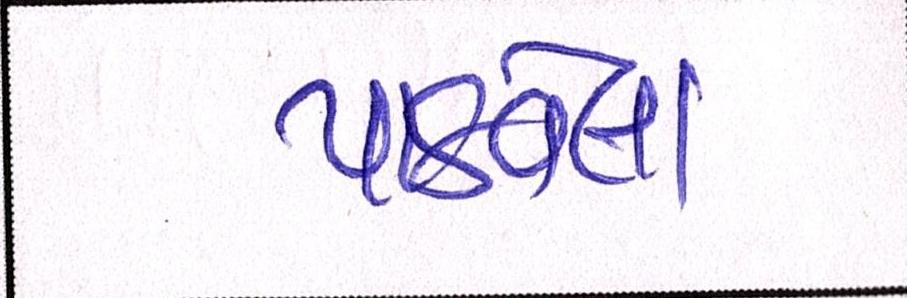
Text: પાઠવેલા